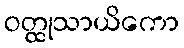
ဝတ္ထုသာယိကော